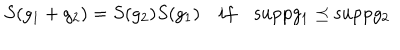
S ( g _ { 1 } + g _ { 2 } ) = S ( g _ { 2 } ) S ( g _ { 1 } ) \quad i f \quad \mathrm { s u p p } g _ { 1 } \preceq \mathrm { s u p p } g _ { 2 }